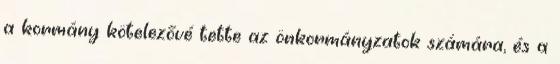
a kormány kötelezővé tette az önkormányzatok számára, és a